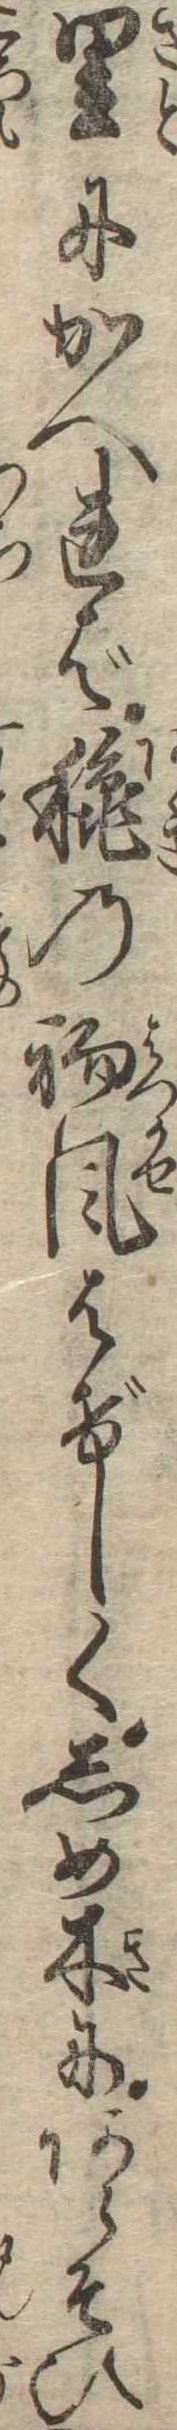
里にかへれば秋の初風はげしくしめ木にあらそひ